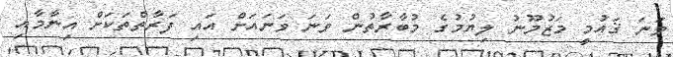
ވަނަ ޤައުމީ މަޒުމޫނު ލިޔުމުގެ މުބާރާތުން ވަނަ ވަނައަށް އައި ފަރާތްތަކަށް އިނާމާއި